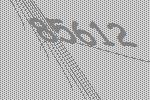
85612